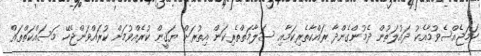
ހަމަޖެއްސެވުމާއެކު ދައުލަތުން ދެމުންގެންދާ ރައްކާތެރިކަމާއި ސަލާމަތްތެރިކަން އިތުރަށް ޔަޤީން ކުރެއްވުމަށް ކުރައްވަންޖެހޭ މަސައްކަތްތައް